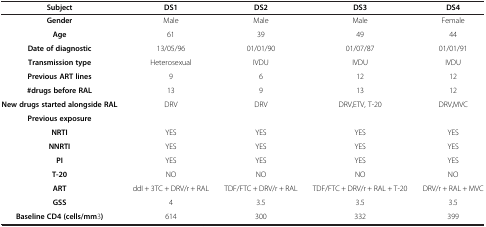
| Subject | DS1 | DS2 | DS3 | DS4 |
 | --- | --- | --- | --- | --- |
 | Gender | Male | Male | Male | Female |
 | Age | 61 | 39 | 49 | 44 |
 | Date of diagnostic | 13/05/96 | 01/01/90 | 01/07/87 | 01/01/91 |
 | Transmission type | Heterosexual | IVDU | IVDU | IVDU |
 | Previous ART lines | 9 | 6 | 12 | 12 |
 | #drugs before RAL | 13 | 9 | 13 | 12 |
 | New drugs started alongside RAL | DRV | DRV | DRV,ETV, T-20 | DRV,MVC |
 | Previous exposure |  |  |  |  |
 | NRTI | YES | YES | YES | YES |
 | NNRTI | YES | YES | YES | YES |
 | PI | YES | YES | YES | YES |
 | T-20 | NO | NO | NO | NO |
 | ART | ddI + 3TC + DRV/r + RAL | TDF/FTC + DRV/r + RAL | TDF/FTC + DRV/r + RAL + T-20 | DRV/r + RAL + MVC |
 | GSS | 4 | 3.5 | 3.5 | 3.5 |
 | Baseline CD4 (cells/mm3) | 614 | 300 | 332 | 399 |